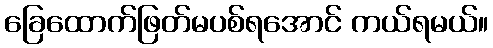
ခြေထောက်ဖြတ်မပစ်ရအောင် ကယ်ရမယ်။